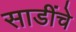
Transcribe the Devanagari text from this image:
साडींचे